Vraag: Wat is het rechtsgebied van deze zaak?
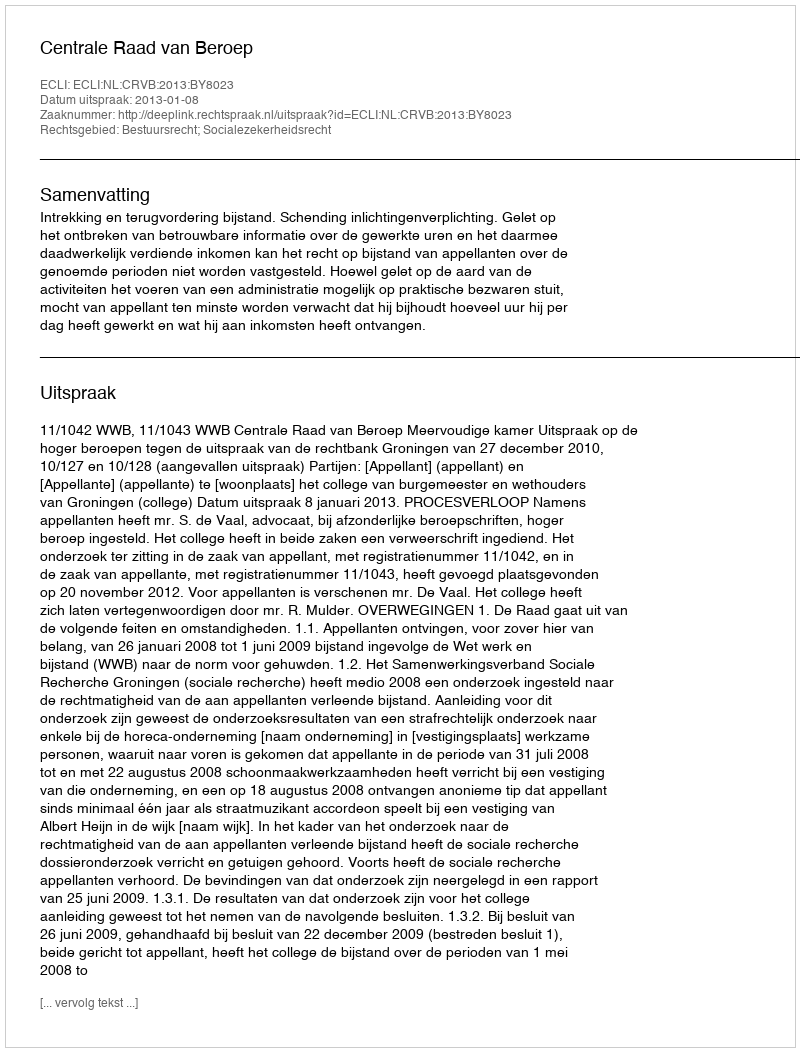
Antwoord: Bestuursrecht; Socialezekerheidsrecht